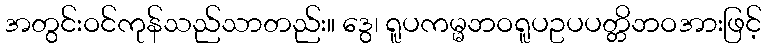
အတွင်းဝင်ကုန်သည်သာတည်း။ ဒွေ၊ ရူပကမ္မဘဝရူပဥပပတ္တိဘဝအားဖြင့်